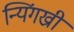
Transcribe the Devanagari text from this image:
न्यिंगख्री